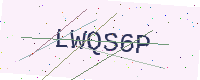
Text: LWQS6P